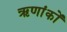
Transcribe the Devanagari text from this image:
ऋणांकों